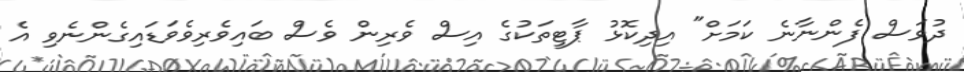
ދުވަސް ފެންނާނެ ކަމަށް" އިދިކޮޅު ޕާޓީތަކުގެ އިސް ވެރިން ވެސް ބައިވެރިވެވަޑައިގެންނެވި އެ